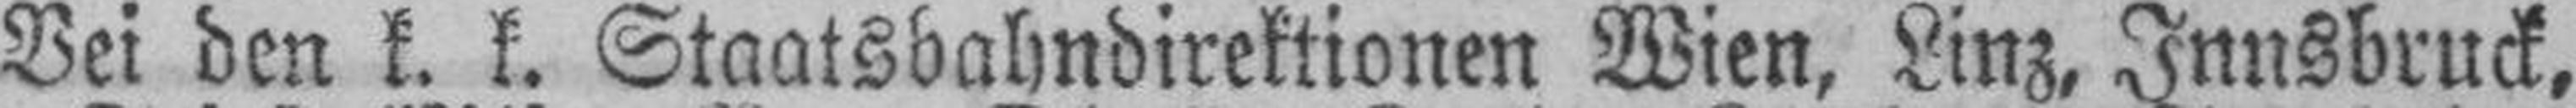
Bei den k. k. Staatsbahndirektionen Wien, Linz, Innsbruck,